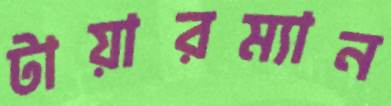
টায়ারম্যান